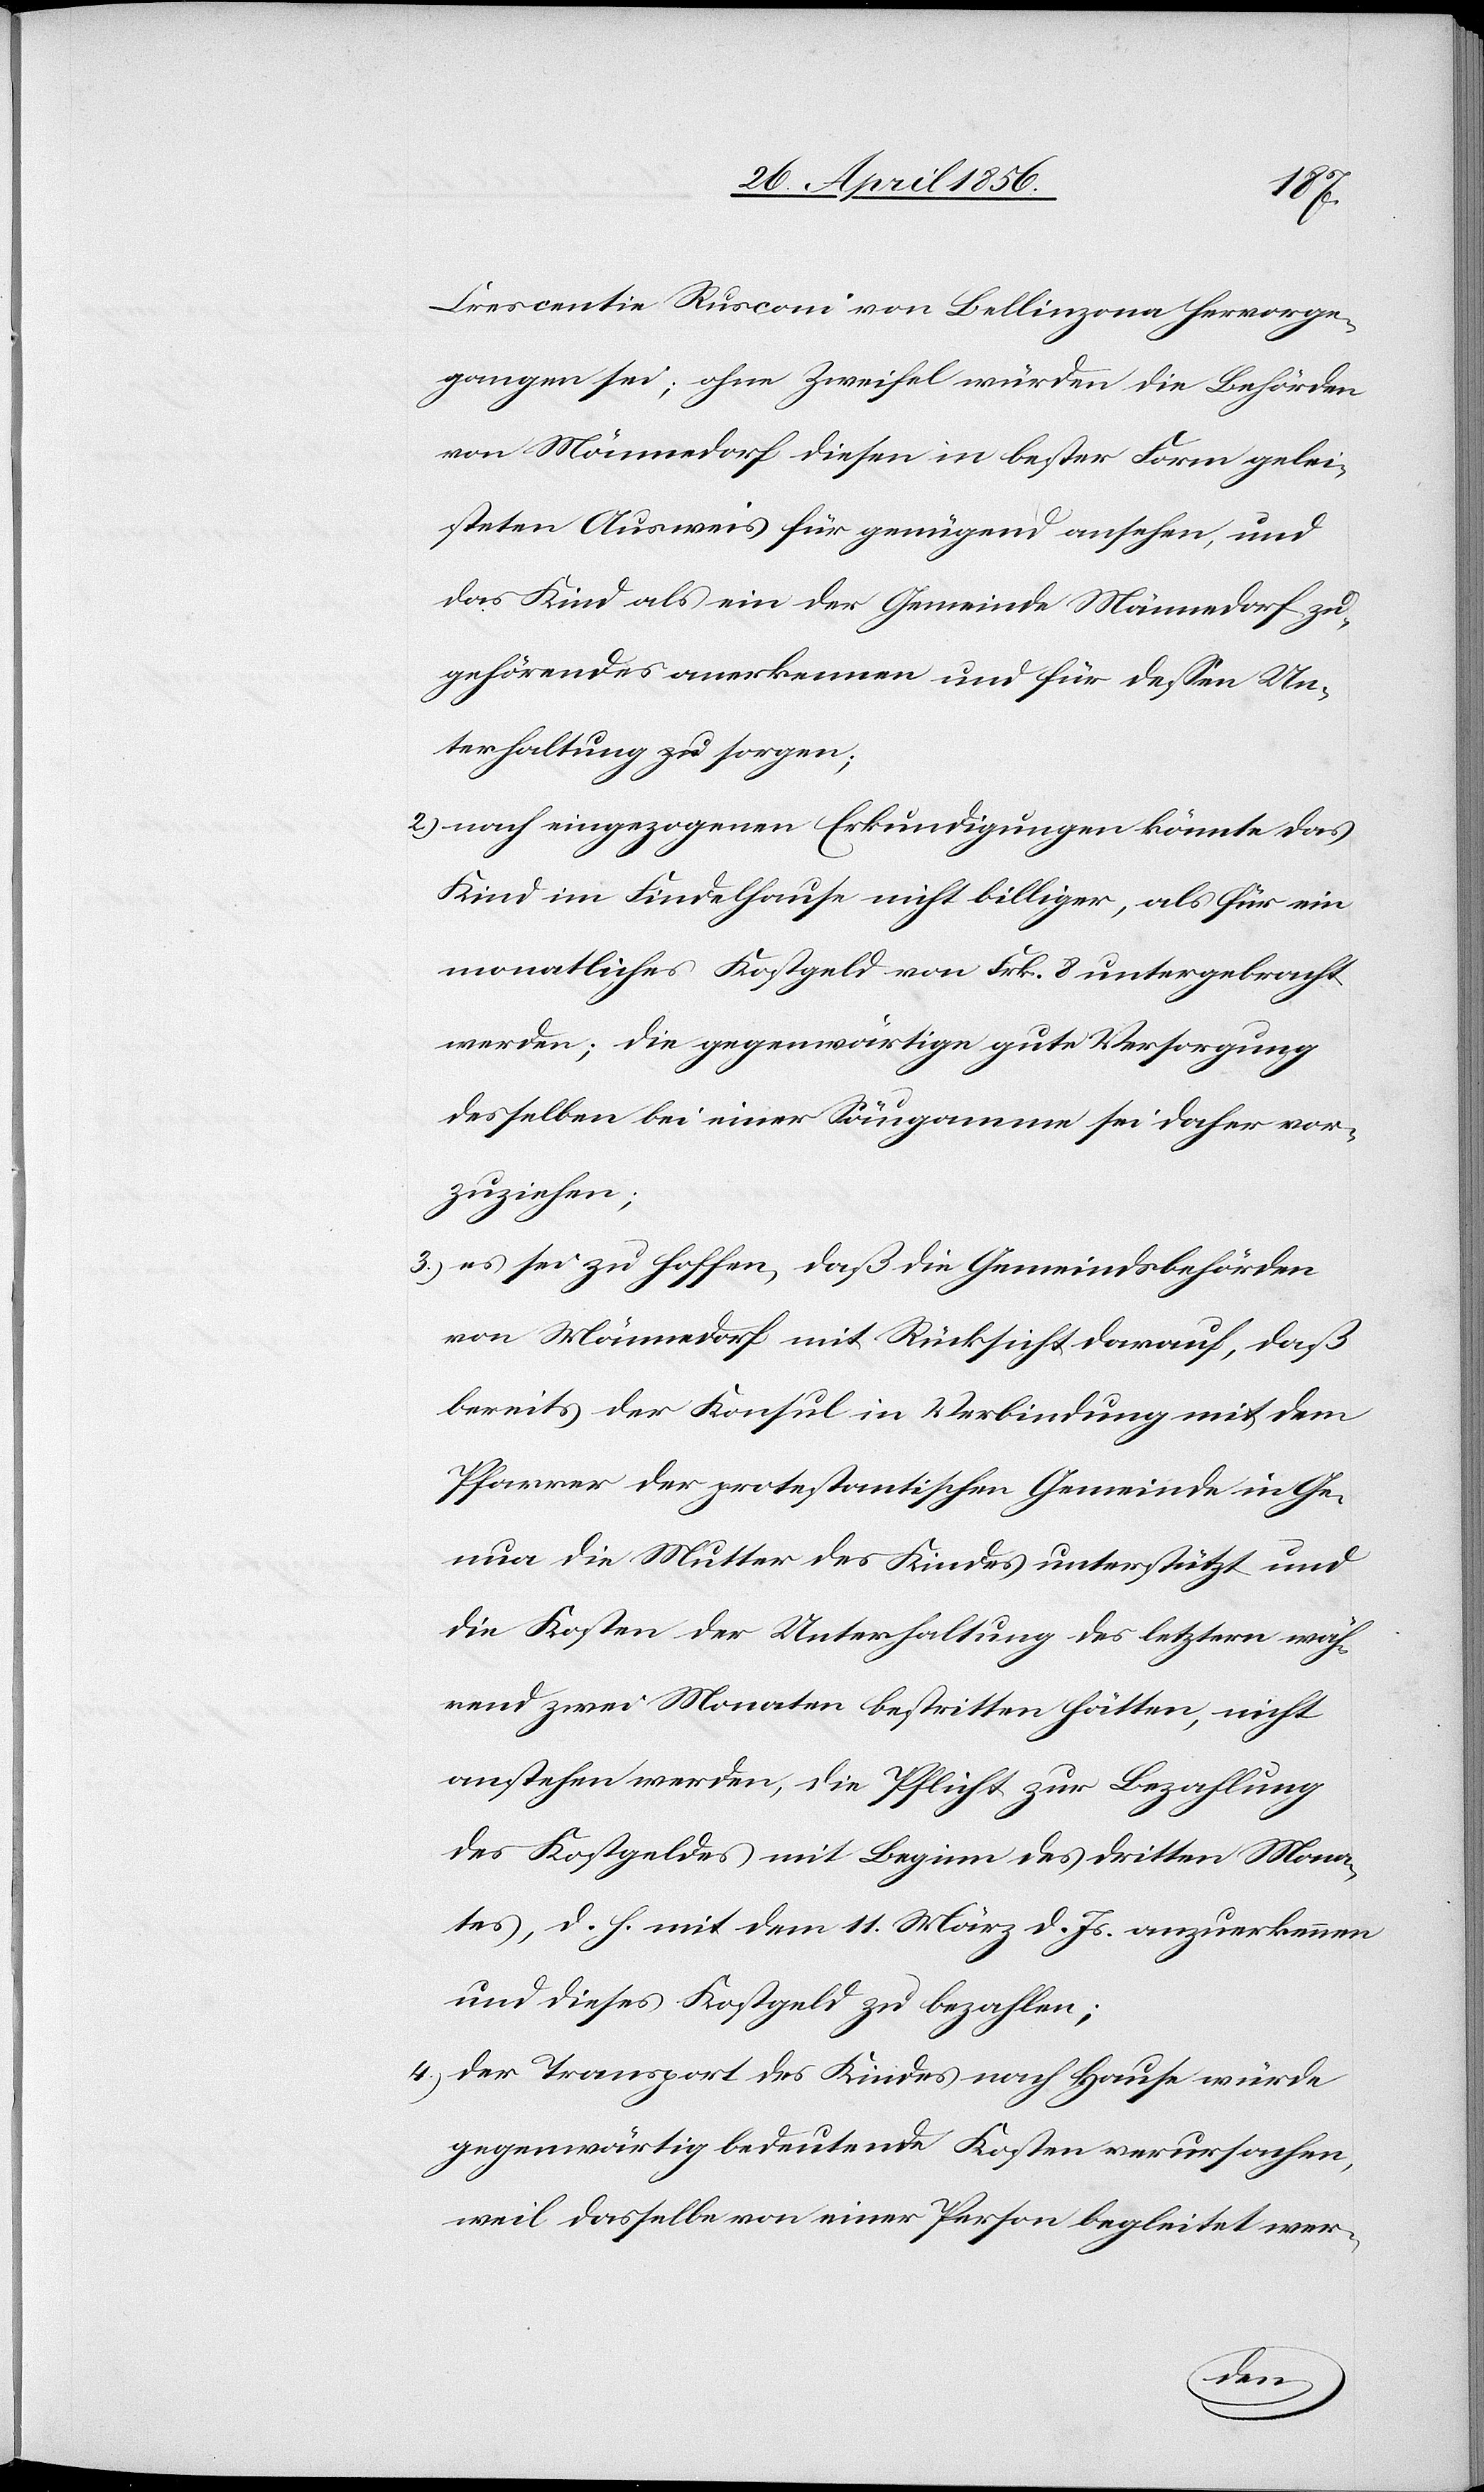
Crescentie Rusconi von Bellinzona hervorge¬
gangen sei; ohne Zweifel würden die Behörden
von Männedorf diesen in bester Form gelei¬
steten Ausweis für genügend ansehen, und
das Kind als ein der Gemeinde Männedorf zu¬
gehörendes anerkennen und für dessen Un¬
terhaltung sorgen;
2.) nach eingezogenen Erkundigungen könnte das
Kind im Findelhause nicht billiger, als für ein
monatliches Kostgeld von Frk. 8 untergebracht
werden; die gegenwärtige gute Versorgung
desselben bei einer Säugamme sei daher vor¬
zuziehen;
3.) es sei zu hoffen, daß die Gemeindsbehörden
von Männedorf mit Rücksicht darauf, daß
bereits der Konsul in Verbindung mit dem
Pfarrer der protestantischen Gemeinde in Ge¬
nua die Mutter des Kindes unterstützt und
die Kosten der Unterhaltung des letztern wäh¬
rend zwei Monaten bestritten hätten, nicht
anstehen werden, die Pflicht zur Bezahlung
des Kostgeldes mit Beginn des dritten Mona¬
tes, d. h. mit dem 11. März d. Js. anzuerkennen
und dieses Kostgeld zu bezahlen;
4.) der Transport des Kindes nach Hause würde
gegenwärtig bedeutende Kosten verursachen,
weil dasselbe von einer Person begleitet wer-